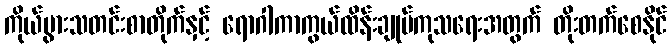
ကိုယ်ပွားသတင်းစာတိုက်နှင့် ရောဂါကာကွယ်ထိန်းချုပ်ကုသရေးအတွက် တိုးတက်စေနိုင်